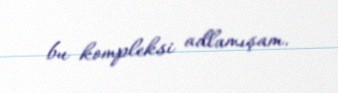
bu kompleksi adlamışam.